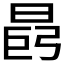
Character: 𪰩